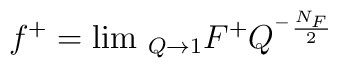
f^{+}=\lim \, _{Q\rightarrow 1}F^{+}Q^{^{-}\frac{N_F}2}